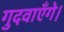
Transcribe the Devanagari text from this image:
गुदवाएँगे।